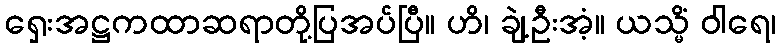
ရှေးအဋ္ဌကထာဆရာတို့ပြအပ်ပြီ။ ဟိ၊ ချဲ့ဦးအံ့။ ယသ္မိံ ဝါရေ၊